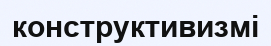
конструктивизмі